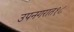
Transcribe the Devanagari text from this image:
उपनगरात१८